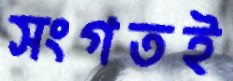
সংগতই